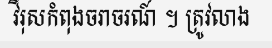
វីរុសកំពុងចរាចរណ៍ ។ ត្រូវលាង